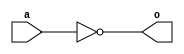
module nand_not_data(output o,input a);
assign o=~a;
endmodule